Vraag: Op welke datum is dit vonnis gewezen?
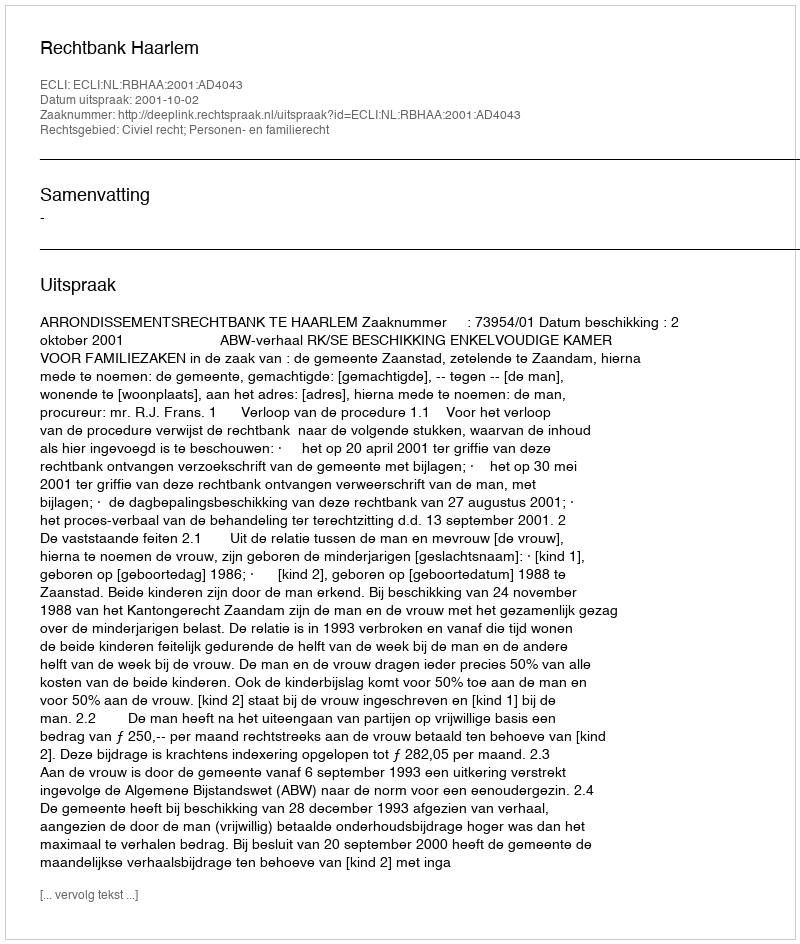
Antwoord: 2001-10-02